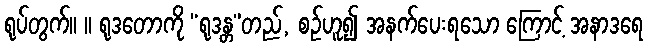
ရုပ်တွက်။ ။ ရုဒတောကို “ရုဒန္တ”တည်, စဉ်ဟူ၍ အနက်ပေးရသော ကြောင့် အနာဒရေ